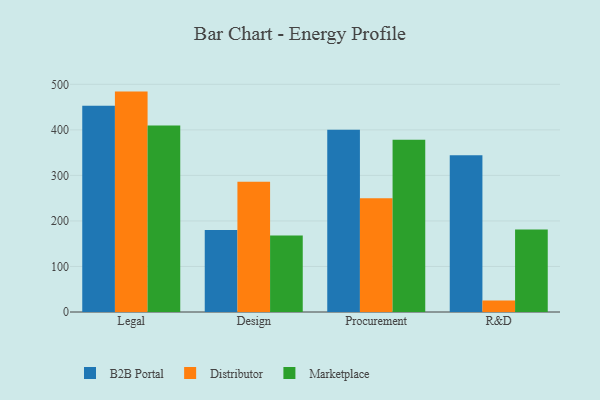
{"axis": {"x": "Department", "y": "Revenue (USD Million)"}, "legend": ["B2B Portal", "Distributor", "Marketplace"], "data": [{"x": "Legal", "y": 453.0, "type": "B2B Portal"}, {"x": "Legal", "y": 484.0, "type": "Distributor"}, {"x": "Legal", "y": 409.8, "type": "Marketplace"}, {"x": "Design", "y": 180.2, "type": "B2B Portal"}, {"x": "Design", "y": 286.3, "type": "Distributor"}, {"x": "Design", "y": 167.8, "type": "Marketplace"}, {"x": "Procurement", "y": 400.1, "type": "B2B Portal"}, {"x": "Procurement", "y": 249.8, "type": "Distributor"}, {"x": "Procurement", "y": 378.1, "type": "Marketplace"}, {"x": "R&D", "y": 344.2, "type": "B2B Portal"}, {"x": "R&D", "y": 25.3, "type": "Distributor"}, {"x": "R&D", "y": 181.3, "type": "Marketplace"}]}